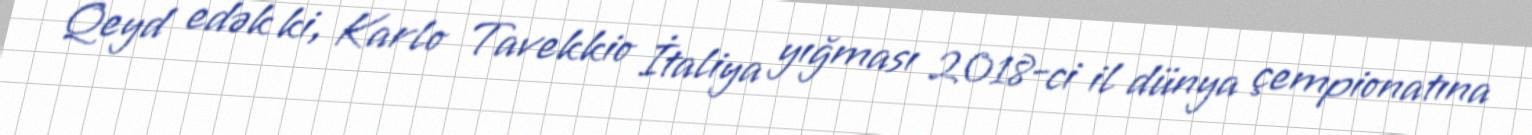
Qeyd edək ki, Karlo Tavekkio İtaliya yığması 2018-ci il dünya çempionatına